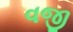
વજી